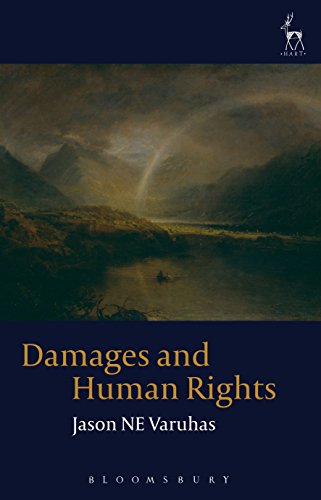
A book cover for Damages and Human Rights: A Tort-Based Approach (Hart Studies in Private Law); Jason NE Varuhas; Law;